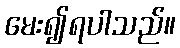
မေး၍ရပါသည်။